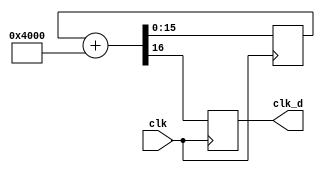
`timescale 1ns / 1ps
module clk_divider (clk,clk_d);
  input wire clk;
  output wire clk_d;
  reg [15:0]  counter;
  reg pixcel_step;
  always @(posedge clk)
    {pixcel_step, counter} <= counter + 16'h4000;
  assign clk_d = pixcel_step; 
endmodule